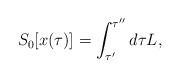
\begin{align*}S_0[x(\tau)] =\int_{\tau'}^{\tau''} d \tau L,\end{align*}